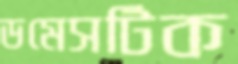
ডমেসটিক